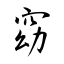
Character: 窈